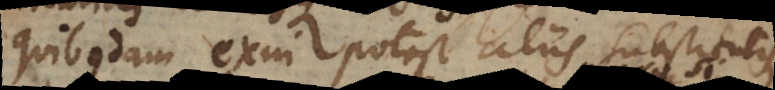
quibusdam exui potest aliis substitutis,